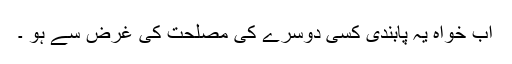
اب خواہ یہ پابندی کسی دوسرے کی مصلحت کی غرض سے ہو ۔